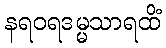
နရဝရဒမ္မသာရထိံ